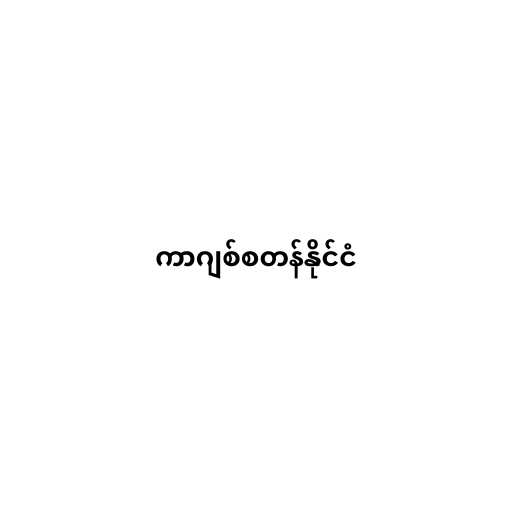
ကာဂျစ်စတန်နိုင်ငံ